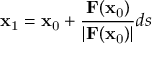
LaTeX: \mathbf { x } _ { \mathrm { 1 } } = \mathbf { x } _ { \mathrm { 0 } } + { \frac { \mathbf { F } ( \mathbf { x } _ { \mathrm { 0 } } ) } { | \mathbf { F } ( \mathbf { x } _ { \mathrm { 0 } } ) | } } d s